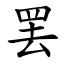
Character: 罢